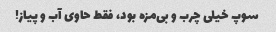
سوپ خیلی چرب و بی‌مزه بود، فقط حاوی آب و پیاز!